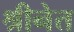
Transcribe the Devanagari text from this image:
श्रीनेत